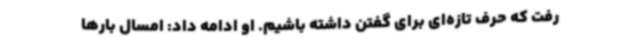
رفت که حرف تازه‌ای برای گفتن داشته باشیم. او ادامه داد: امسال بارها